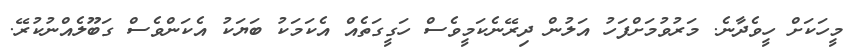
މީހަކަށް ހީވެދާނެ. މަރުވުމަށްފަހު އަލުން ދިރޭނެކަމީވެސް ހަގީގަތެއް އެކަމަކު ބަޔަކު އެކަންވެސް ގަބޫލެއްނުކުރޭ.